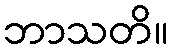
ဘာသတိ။